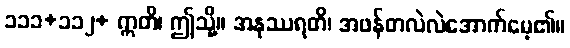
၁၁၁+၁၁၂+ ဣတိ၊ ဤသို့။ အနုဿရတိ၊ အဖန်တလဲလဲအောက်မေ့၏။